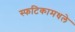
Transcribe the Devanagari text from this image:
स्फटिकामधले